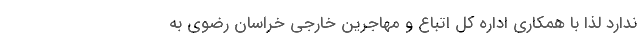
ندارد لذا با همکاری اداره کل اتباع و مهاجرین خارجی خراسان رضوی به